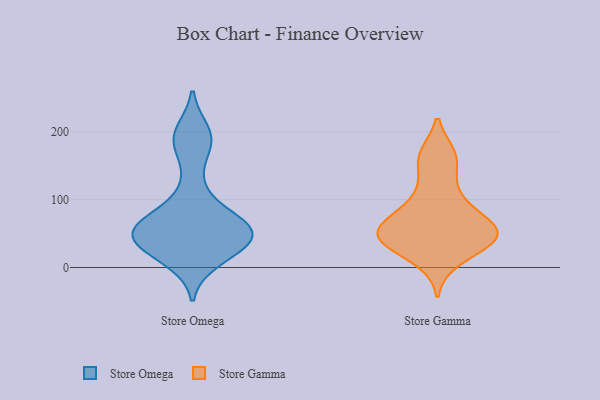
{"axis": {"x": "Website Visitors", "y": "Value"}, "legend": ["Store Gamma", "Store Omega"], "data": [{"x": "", "y": 27, "type": "Store Omega"}, {"x": "", "y": 63, "type": "Store Omega"}, {"x": "", "y": 62, "type": "Store Omega"}, {"x": "", "y": 56, "type": "Store Omega"}, {"x": "", "y": 185, "type": "Store Omega"}, {"x": "", "y": 52, "type": "Store Omega"}, {"x": "", "y": 48, "type": "Store Omega"}, {"x": "", "y": 26, "type": "Store Omega"}, {"x": "", "y": 12, "type": "Store Omega"}, {"x": "", "y": 73, "type": "Store Omega"}, {"x": "", "y": 185, "type": "Store Omega"}, {"x": "", "y": 53, "type": "Store Omega"}, {"x": "", "y": 118, "type": "Store Omega"}, {"x": "", "y": 199, "type": "Store Omega"}, {"x": "", "y": 38, "type": "Store Omega"}, {"x": "", "y": 56, "type": "Store Gamma"}, {"x": "", "y": 126, "type": "Store Gamma"}, {"x": "", "y": 44, "type": "Store Gamma"}, {"x": "", "y": 89, "type": "Store Gamma"}, {"x": "", "y": 58, "type": "Store Gamma"}, {"x": "", "y": 57, "type": "Store Gamma"}, {"x": "", "y": 164, "type": "Store Gamma"}, {"x": "", "y": 166, "type": "Store Gamma"}, {"x": "", "y": 87, "type": "Store Gamma"}, {"x": "", "y": 10, "type": "Store Gamma"}, {"x": "", "y": 38, "type": "Store Gamma"}, {"x": "", "y": 43, "type": "Store Gamma"}, {"x": "", "y": 38, "type": "Store Gamma"}]}